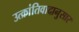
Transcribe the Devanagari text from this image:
उत्क्रांतिवादानुसार